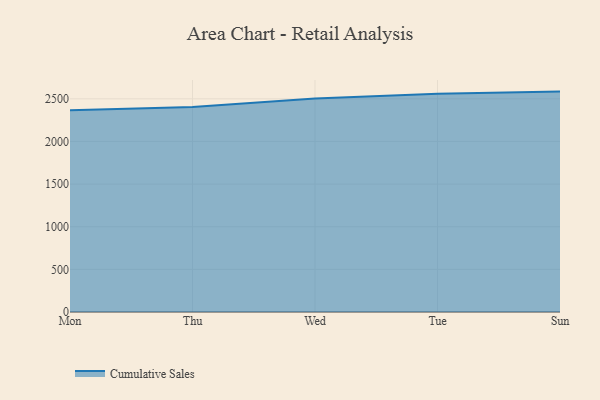
{"axis": {"x": "Day", "y": "Revenue (USD Million)"}, "legend": ["Cumulative Sales"], "data": [{"x": "Mon", "y": 2367.0, "type": "Cumulative Sales"}, {"x": "Thu", "y": 2405.2, "type": "Cumulative Sales"}, {"x": "Wed", "y": 2502.9, "type": "Cumulative Sales"}, {"x": "Tue", "y": 2558.3, "type": "Cumulative Sales"}, {"x": "Sun", "y": 2584.6, "type": "Cumulative Sales"}]}